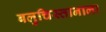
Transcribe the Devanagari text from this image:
बलुचिस्तानाला